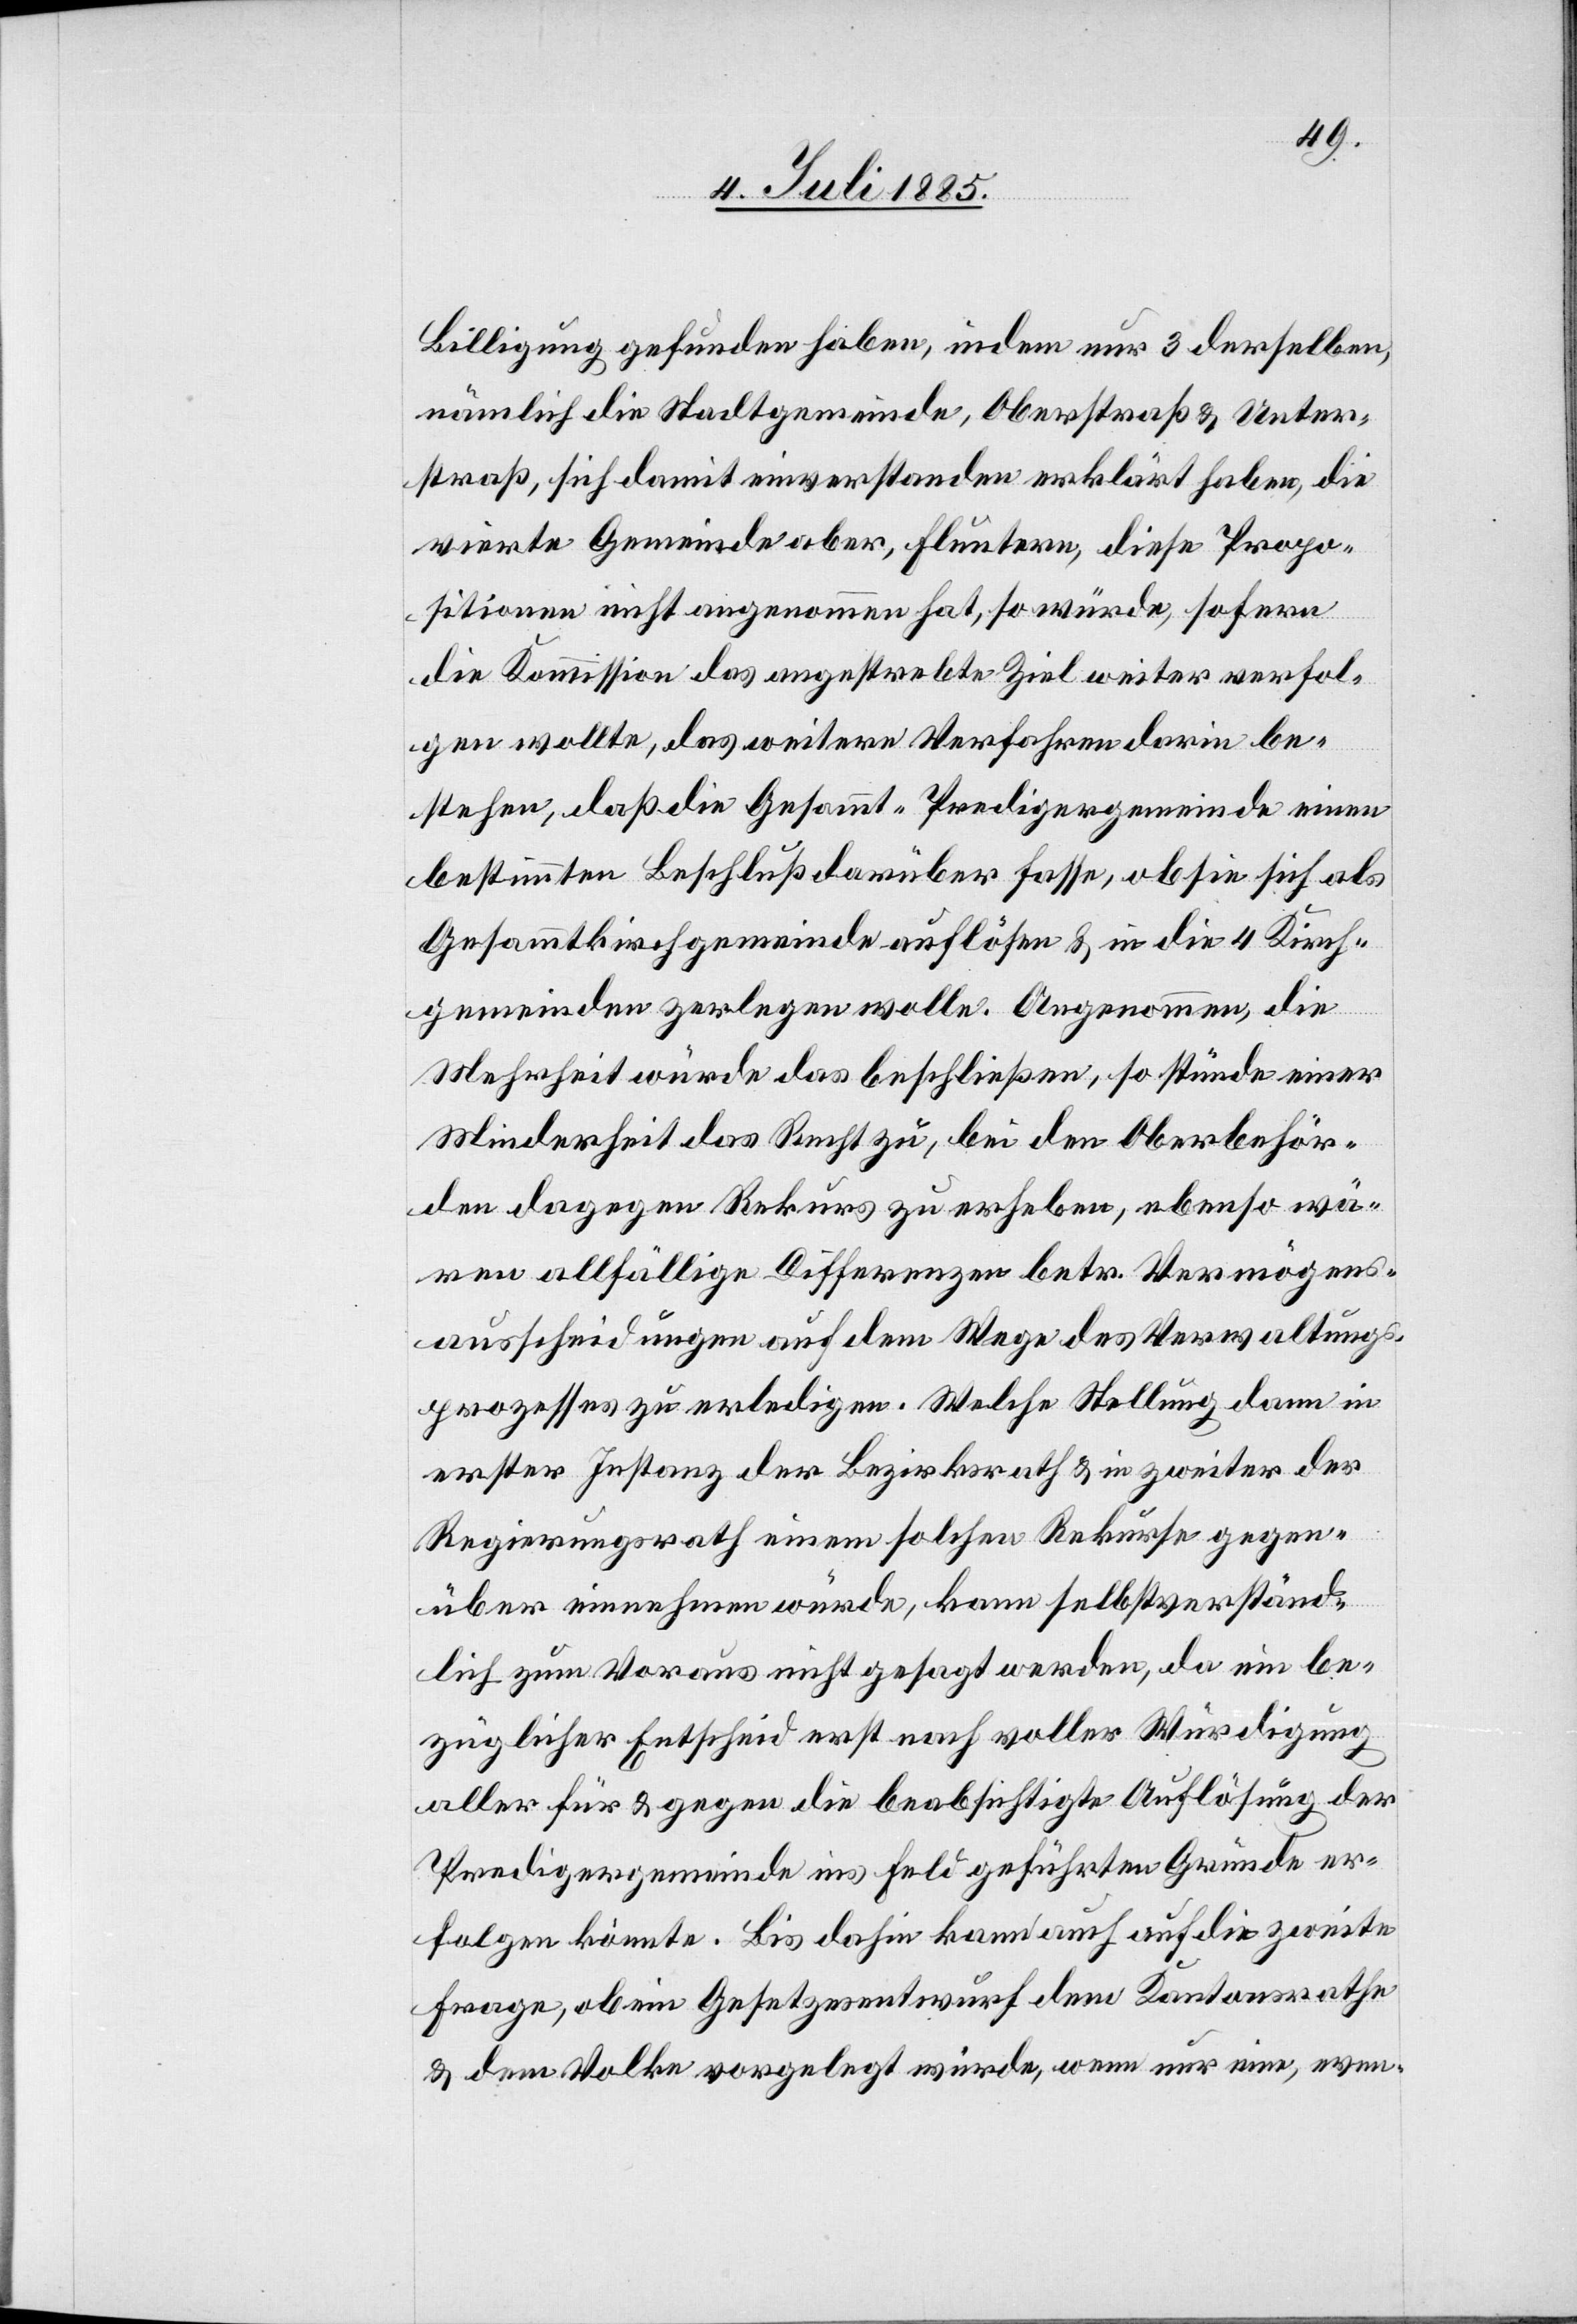
Billigung gefunden haben, indem nur 3 derselben,
nämlich die Stadtgemeinde, Oberstraß & Unter¬
straß, sich damit einverstanden erklärt haben, die
vierte Gemeinde aber, Fluntern, diese Propo¬
sitionen nicht angenommen hat, so würde, sofern
die Kommission das angestrebte Ziel weiter verfol¬
gen wollte, das weitere Verfahren darin be¬
stehen, daß die Gesammt-Predigergemeinde einen
bestimmten Beschluß darüber fasse, ob sie sich als
Gesammtkirchgemeinde auflösen & in die 4 Kirch¬
gemeinden zerlegen wolle. Angenommen, die
Mehrheit würde das beschließen, so stünde einer
Minderheit das Recht zu, bei den Oberbehör¬
den dagegen Rekurs zu erheben, ebenso wä¬
ren allfällige Differenzen betr. Vermögens¬
ausscheidungen auf dem Wege des Verwaltungs¬
prozesses zu erledigen. Welche Stellung dann in
erster Instanz der Bezirksrath & in zweiter der
Regierungsrath einem solchen Rekurse gegen¬
über einnehmen würde, kann selbstverständ¬
lich zum Voraus nicht gesagt werden, da ein be¬
züglicher Entscheid erst nach voller Würdigung
aller für & gegen die beabsichtigte Auflösung der
Predigergemeinde ins Feld geführten Gründe er¬
folgen könnte. Bis dahin kann auch auf die zweite
Frage, ob ein Gesetzesentwurf dem Kantonsrathe
& dem Volke vorgelegt würde, wenn nur eine, even-